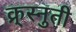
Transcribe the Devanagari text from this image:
क्र्स्नुती